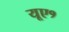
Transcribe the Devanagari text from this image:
यूए१